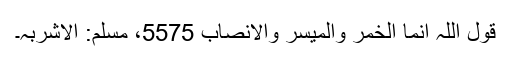
قول اللہ انما الخمر والمیسر والانصاب 5575، مسلم: الاشربہ۔